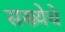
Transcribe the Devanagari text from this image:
सख्येचे